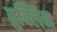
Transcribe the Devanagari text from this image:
ब्रुक्लिन